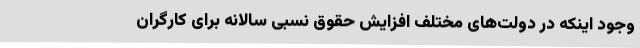
وجود اینکه در دولت‌های مختلف افزایش حقوق نسبی سالانه برای کارگران